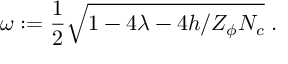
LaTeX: \omega : = \frac 1 2 \sqrt { 1 - 4 \lambda - 4 h / Z _ { \phi } N _ { c } } \; .